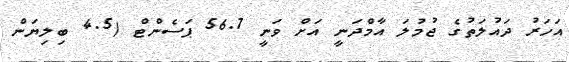
އަހަރު ދައުލަތުގެ ޖުމުލަ އާމްދަނީ އަށް ވަނީ 56.7 ޕަސެންޓް (4.5 ބިލިޔަން